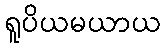
ရူပိယမယာယ